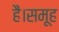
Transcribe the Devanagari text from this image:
हैं।समूह